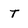
Character: t